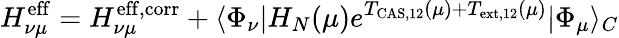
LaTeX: H_{\nu\mu}^{\mathrm{eff}}=H_{\nu\mu}^{\mathrm{eff,corr}}+\langle\Phi_{\nu}|H_{N}(\mu)e^{T_{\mathrm{CAS,12}}(\mu)+T_{\mathrm{ext,12}}(\mu)}|\Phi_{\mu}\rangle_{C}